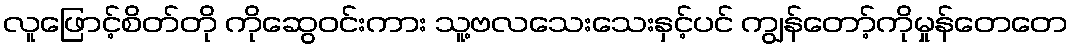
လူဖြောင့်စိတ်တို ကိုဆွေဝင်းကား သူ့ဗလသေးသေးနှင့်ပင် ကျွန်တော့်ကိုမှုန်တေတေ